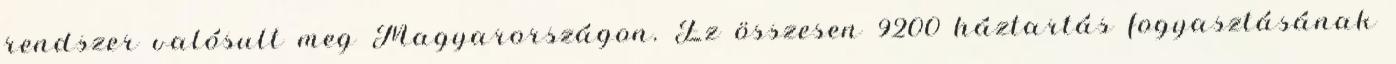
rendszer valósult meg Magyarországon. Ez összesen 9200 háztartás fogyasztásának